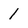
Character: 1